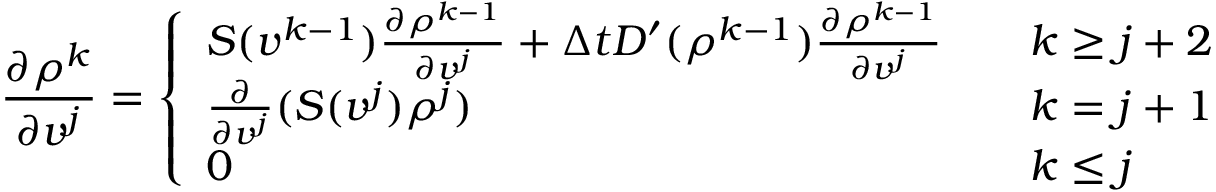
\frac { \partial \rho ^ { k } } { \partial v ^ { j } } = \left\{ \begin{array} { l l } { S ( v ^ { k - 1 } ) \frac { \partial \rho ^ { k - 1 } } { \partial v ^ { j } } + \Delta t D ^ { \prime } ( \rho ^ { k - 1 } ) \frac { \partial \rho ^ { k - 1 } } { \partial v ^ { j } } } & { \quad k \ge j + 2 } \\ { \frac { \partial } { \partial v ^ { j } } ( S ( v ^ { j } ) \rho ^ { j } ) } & { \quad k = j + 1 } \\ { 0 } & { \quad k \le j } \end{array} \right.